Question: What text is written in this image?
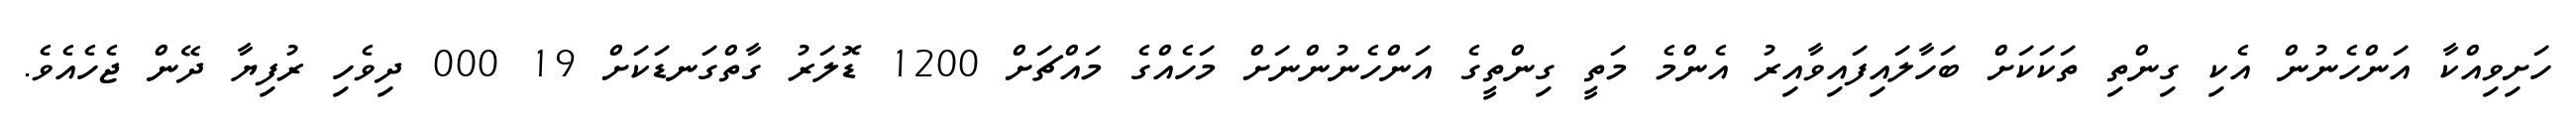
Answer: ހަށިވިއްކާ އަންހެނުން އެކި ގިންތި ތަކަކަށް ބަހާލައިފައިވާއިރު އެންމެ މަތީ ގިންތީގެ އަންހެނުންނަށް މަހެއްގެ މައްޗަށް 1200 ޑޮލަރު ގާތްގަނޑަކަށް 19 000 ދިވެހި ރުފިޔާ ދޭން ޖެހެއެވެ.